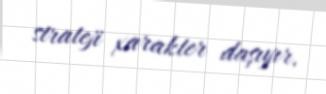
strateji xarakter daşıyır.